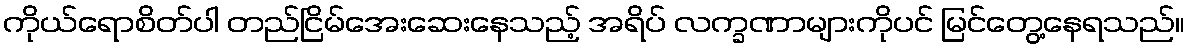
ကိုယ်ရောစိတ်ပါ တည်ငြိမ်အေးဆေးနေသည့် အရိပ် လက္ခဏာများကိုပင် မြင်တွေ့နေရသည်။